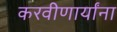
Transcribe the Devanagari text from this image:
करवीणार्यांना